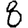
Digit: 8